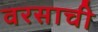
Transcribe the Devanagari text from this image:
वरसाची